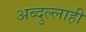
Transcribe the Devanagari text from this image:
अब्दुल्लाही